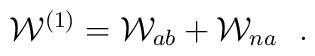
{\cal W}^{(1)}={\cal W}_{ab} +{\cal W}_{na}\ \ .